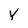
Character: Y